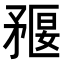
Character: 𥍻